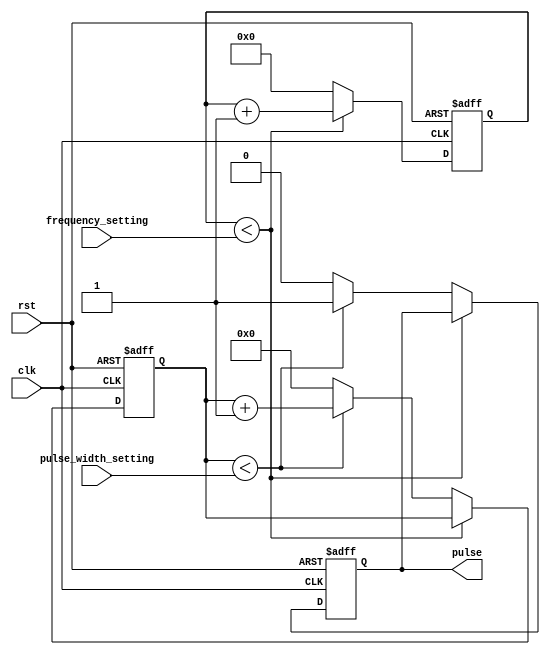
module programmable_pulse_generator (
    input wire clk,
    input wire rst,
    input wire [7:0] pulse_width_setting,
    input wire [11:0] frequency_setting,
    output reg pulse);

reg [11:0] counter;
reg [7:0] pulse_width_counter;

always @ (posedge clk or posedge rst) begin
    if (rst) begin
        pulse <= 0;
        counter <= 0;
        pulse_width_counter <= 0;
    end else begin
        if (counter < frequency_setting) begin
            counter <= counter + 1;
        end else begin
            counter <= 0;
            pulse_width_counter <= pulse_width_counter + 1;
            if (pulse_width_counter < pulse_width_setting) begin
                pulse <= 1;
            end else begin
                pulse <= 0;
                pulse_width_counter <= 0;
            end
        end
    end
end

endmodule